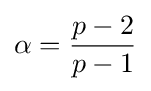
\alpha ={\frac {p-2}{p-1}}